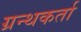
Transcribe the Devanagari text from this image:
ग्रन्थकर्ता